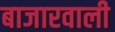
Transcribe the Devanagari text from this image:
बाजारवाली